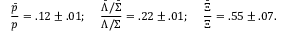
\frac { \bar { p } } { p } = . 1 2 \pm . 0 1 ; \; \; \; \; \frac { \bar { \Lambda } / \bar { \Sigma } } { \Lambda / \Sigma } = . 2 2 \pm . 0 1 ; \; \; \; \; \frac { \bar { \Xi } } { \Xi } = . 5 5 \pm . 0 7 .